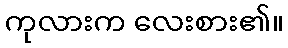
ကုလားက လေးစား၏။